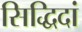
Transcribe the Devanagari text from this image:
सिद्धिदां